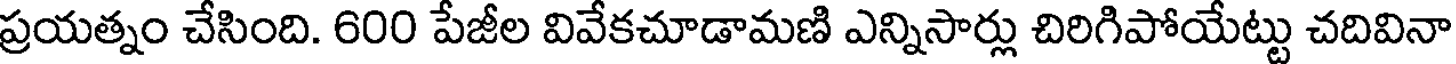
ప్రయత్నం చేసింది. 600 పేజీల వివేకచూడామణి ఎన్నిసార్లు చిరిగిపోయేట్టు చదివినా